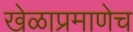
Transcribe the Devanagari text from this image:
खेळाप्रमाणेच